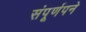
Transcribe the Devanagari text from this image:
संपूर्णपने